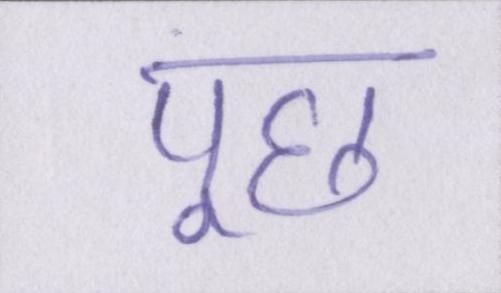
पूछ